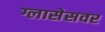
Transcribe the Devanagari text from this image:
ग्लासेसवर